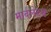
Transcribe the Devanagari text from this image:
मार्वलेट्स